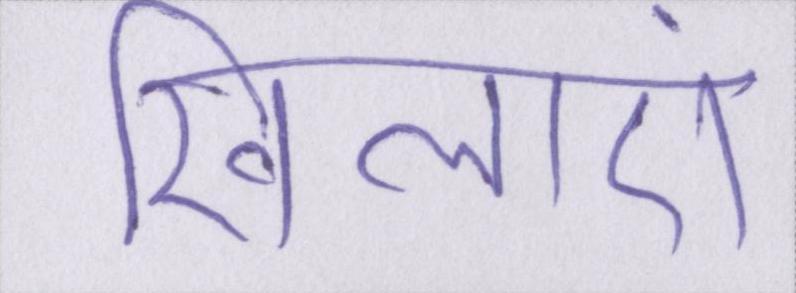
खिलाएं